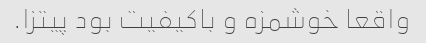
واقعا خوشمزه و باکیفیت بود پیتزا.